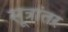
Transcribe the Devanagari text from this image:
सूत्रांतर